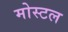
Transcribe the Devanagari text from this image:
मोस्टल